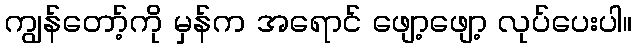
ကျွန်တော့်ကို မှန်က အရောင် ဖျော့ဖျော့ လုပ်ပေးပါ။